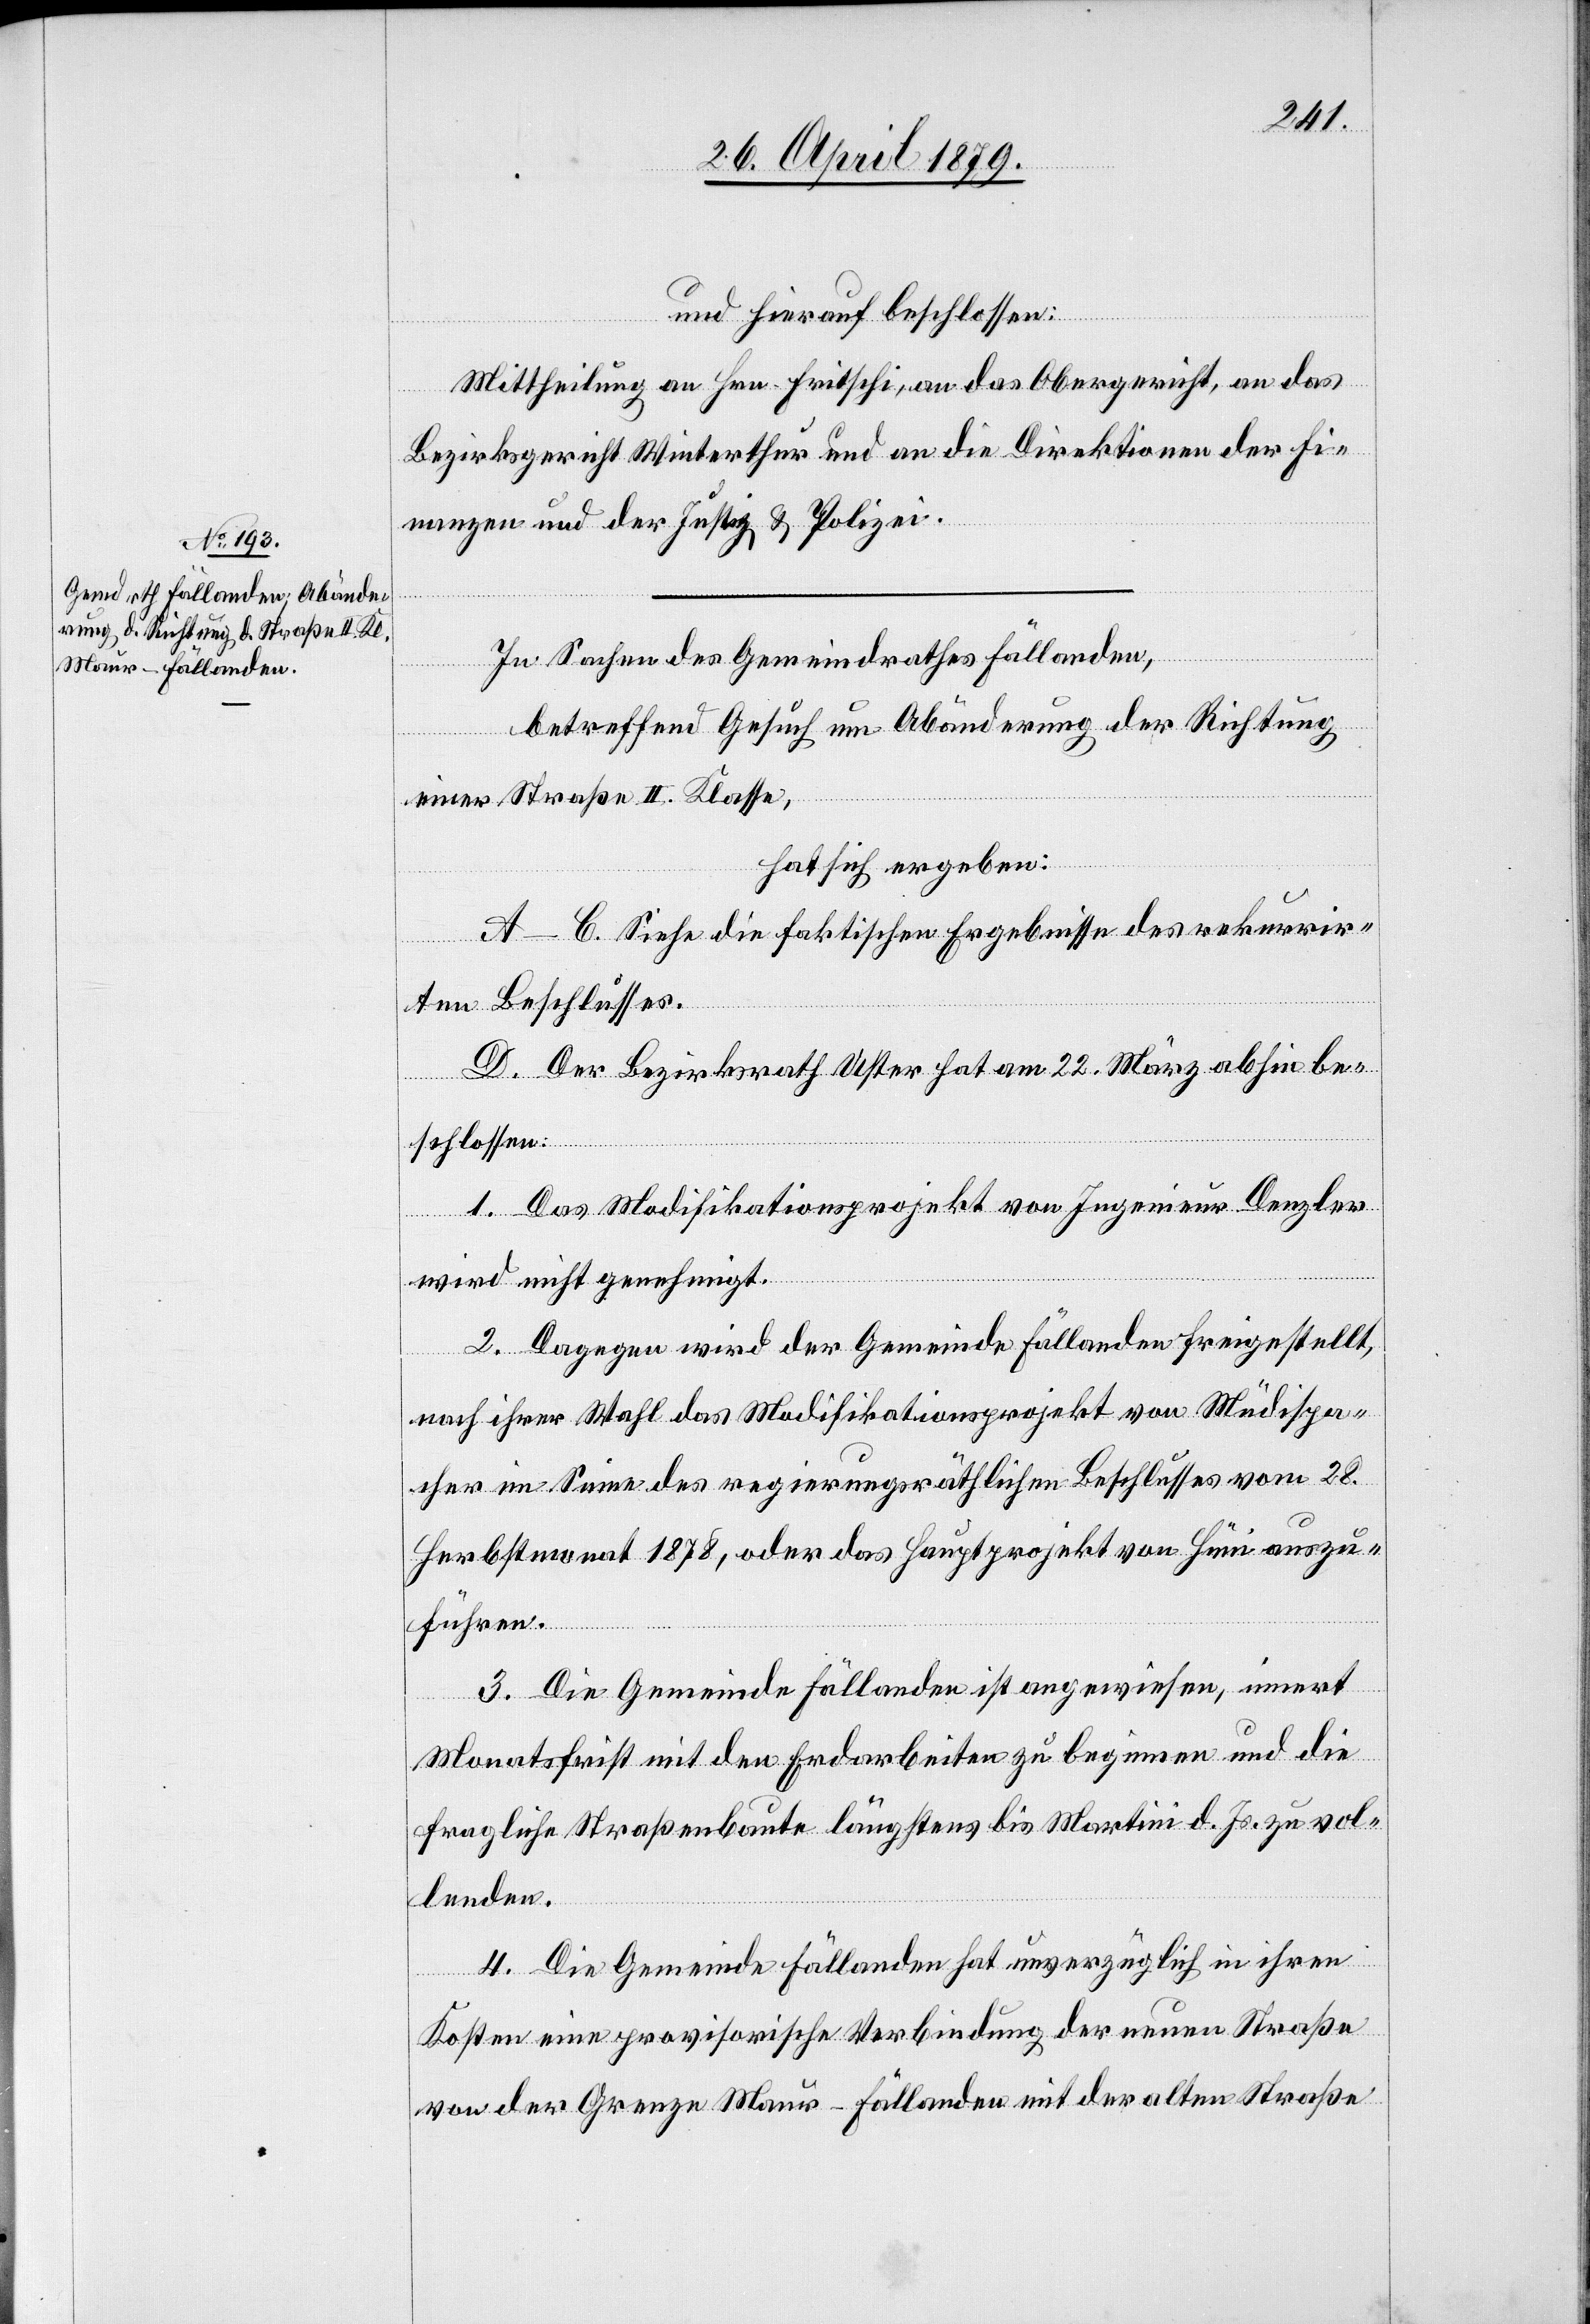
und hierauf beschlossen:
Mittheilung an Hrn. Fritschi, an das Obergericht, an das
Bezirksgericht Winterthur und an die Direktionen der Fi¬
nanzen und der Justiz & Polizei.
In Sachen des Gemeindrathes Fällanden,
betreffend Gesuch um Abänderung der Richtung
einer Straße II. Klasse,
hat sich ergeben:
A–C. Siehe die faktischen Ergebnisse des rekurrir¬
ten Beschlusses.
D. Der Bezirksrath Uster hat am 22. März abhin be¬
schlossen:
1. Das Modifikationsprojekt von Ingenieur Denzler
wird nicht genehmigt.
2. Dagegen wird der Gemeinde Fällanden freigestellt,
nach ihrer Wahl das Modifikationsprojekt von Müdispa¬
cher im Sinne des regierungsräthlichen Beschlusses vom 28.
Herbstmonat 1878, oder das Hauptprojekt von Hüni auszu¬
führen.
3. Die Gemeinde Fällanden ist angewiesen, innert
Monatsfrist mit den Erdarbeiten zu beginnen und die
fragliche Straßenbaute längstens bis Martini d. Js. zu vol¬
lenden.
4. Die Gemeinde Fällanden hat unverzüglich in ihren
Kosten eine provisorische Verbindung der neuen Straße
von der Grenze Maur–Fällanden mit der alten Straße